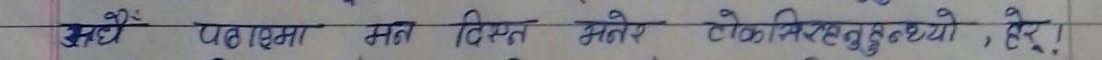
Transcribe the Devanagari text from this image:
मैः पढमा सप्त दिस्त भनेर टोकिसकेछौ, हे रे!